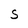
Character: S